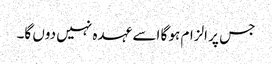
جس پر الزام ہو گا اسے عہدہ نہیں دوں گا۔